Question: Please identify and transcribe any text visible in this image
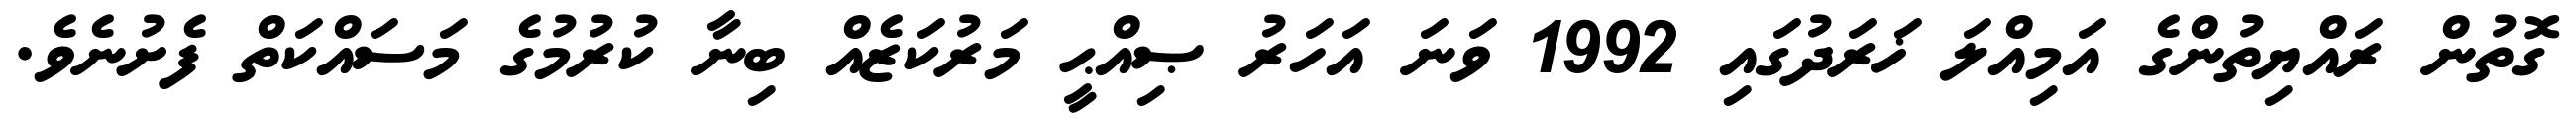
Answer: ގޮތުން ރައްޔިތުންގެ އަމިއްލަ ޚަރަދުގައި 1992 ވަނަ އަހަރު ޞިއްޙީ މަރުކަޒެއް ބިނާ ކުރުމުގެ މަސައްކަތް ފެށުނެވެ.